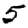
Digit: 5